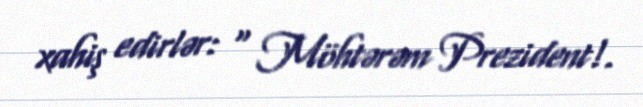
xahiş edirlər: “ Möhtərəm Prezident!.